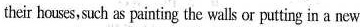
their houses, such as painting the walls or putting in a new